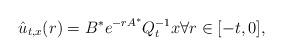
LaTeX: \begin{align*}\hat u_{t,x}(r) = B^* e^{-rA^*} { Q}^{-1}_{t} x\forall r\in [-t,0],\end{align*}